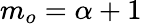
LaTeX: m_{o}=\alpha+1